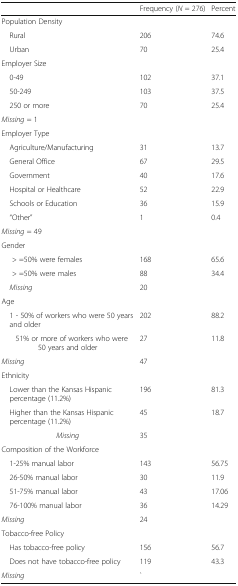
<table><thead><tr><td></td><td><b>Frequency (<i>N</i> = 276)</b></td><td><b>Percent</b></td></tr></thead><tbody><tr><td colspan="3">Population Density</td></tr><tr><td> Rural</td><td>206</td><td>74.6</td></tr><tr><td> Urban</td><td>70</td><td>25.4</td></tr><tr><td colspan="3">Employer Size</td></tr><tr><td> 0-49</td><td>102</td><td>37.1</td></tr><tr><td> 50-249</td><td>103</td><td>37.5</td></tr><tr><td> 250 or more</td><td>70</td><td>25.4</td></tr><tr><td colspan="3"><i>Missing</i> = 1</td></tr><tr><td colspan="3">Employer Type</td></tr><tr><td> Agriculture/Manufacturing</td><td>31</td><td>13.7</td></tr><tr><td> General Office</td><td>67</td><td>29.5</td></tr><tr><td> Government</td><td>40</td><td>17.6</td></tr><tr><td> Hospital or Healthcare</td><td>52</td><td>22.9</td></tr><tr><td> Schools or Education</td><td>36</td><td>15.9</td></tr><tr><td> “Other”</td><td>1</td><td>0.4</td></tr><tr><td colspan="3"><i>Missing</i> = 49</td></tr><tr><td colspan="3">Gender</td></tr><tr><td>&gt; =50% were females</td><td>168</td><td>65.6</td></tr><tr><td>&gt; =50% were males</td><td>88</td><td>34.4</td></tr><tr><td> <i>Missing</i></td><td>20</td><td></td></tr><tr><td colspan="3">Age</td></tr><tr><td> 1 - 50% of workers who were 50 years and older</td><td>202</td><td>88.2</td></tr><tr><td> 51% or more of workers who were 50 years and older</td><td>27</td><td>11.8</td></tr><tr><td><i>Missing</i></td><td>47</td><td></td></tr><tr><td colspan="3">Ethnicity</td></tr><tr><td> Lower than the Kansas Hispanic percentage (11.2%)</td><td>196</td><td>81.3</td></tr><tr><td> Higher than the Kansas Hispanic percentage (11.2%)</td><td>45</td><td>18.7</td></tr><tr><td><i>Missing</i></td><td>35</td><td></td></tr><tr><td colspan="3">Composition of the Workforce</td></tr><tr><td> 1-25% manual labor</td><td>143</td><td>56.75</td></tr><tr><td> 26-50% manual labor</td><td>30</td><td>11.9</td></tr><tr><td> 51-75% manual labor</td><td>43</td><td>17.06</td></tr><tr><td> 76-100% manual labor</td><td>36</td><td>14.29</td></tr><tr><td><i>Missing</i></td><td>24</td><td></td></tr><tr><td colspan="3">Tobacco-free Policy</td></tr><tr><td> Has tobacco-free policy</td><td>156</td><td>56.7</td></tr><tr><td> Does not have tobacco-free policy</td><td>119</td><td>43.3</td></tr><tr><td><i>Missing</i></td><td>`</td><td></td></tr></tbody></table>